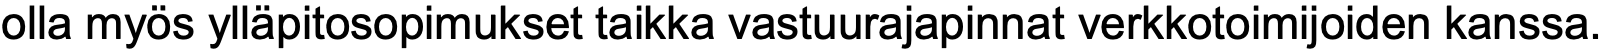
olla myös ylläpitosopimukset taikka vastuurajapinnat verkkotoimijoiden kanssa.